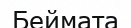
Беймата